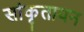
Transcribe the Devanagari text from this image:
सांकृतायन